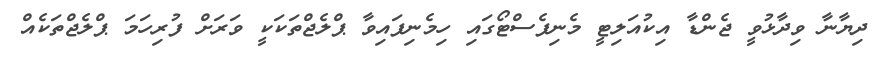
ދިޔާނާ ވިދާާޅުވީ ޖެންޑާ އިކުއަލިޓީ މެނިފެސްޓޯގައި ހިމެނިފައިވާ ޕްލެޖްތަކަކީ ވަރަށް ފުރިހަމަ ޕްލެޖްތަކެއް